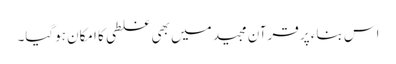
اس بناء پر قرآن مجید میں بھی غلطی کا امکان ہوگیا۔